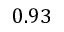
0 . 9 3